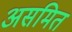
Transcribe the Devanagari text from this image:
असमित